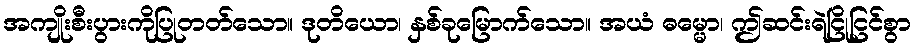
အကျိုးစီးပွားကိုပြုတတ်သော။ ဒုတိယော၊ နှစ်ခုမြောက်သော။ အယံ ဓမ္မော၊ ဤဆင်းရဲငြိုငြင်စွာ